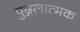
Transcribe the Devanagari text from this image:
पुद्गलात्मक